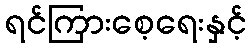
ရင်ကြားစေ့ရေးနှင့်